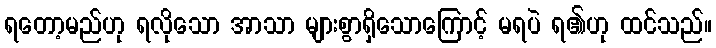
ရတော့မည်ဟု ရလိုသော အာသာ များစွာရှိသောကြောင့် မရပဲ ရ၏ဟု ထင်သည်။